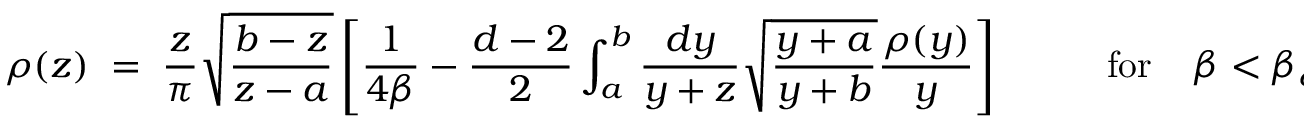
\rho ( z ) \; = \; { \frac { z } { \pi } } \sqrt { \frac { b - z } { z - a } } \left[ { \frac { 1 } { 4 \beta } } - { \frac { d - 2 } { 2 } } \int _ { a } ^ { b } { \frac { d y } { y + z } } \sqrt { \frac { y + a } { y + b } } { \frac { \rho ( y ) } { y } } \right] \; \; \; \; \; \; \; \; \; \; \mathrm { f o r } \; \; \; \; \beta < \beta _ { c } \; .